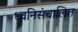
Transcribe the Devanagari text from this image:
ध्वनिसंचालित